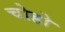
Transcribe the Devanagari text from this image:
चोहो